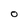
Character: O